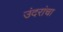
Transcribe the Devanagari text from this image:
उंदरांचा